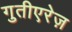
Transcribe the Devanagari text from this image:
गुतीएरेज़